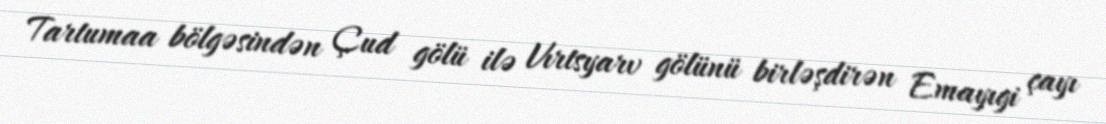
Tartumaa bölgəsindən Çud gölü ilə Vırtsyarv gölünü birləşdirən Emayıgi çayı